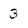
Character: 3